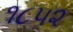
૧૮૫૨